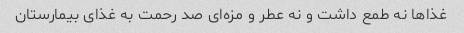
غذاها نه طمع داشت و نه عطر و مزه‌ای صد رحمت به غذای بیمارستان